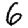
Digit: 6